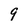
Character: 9